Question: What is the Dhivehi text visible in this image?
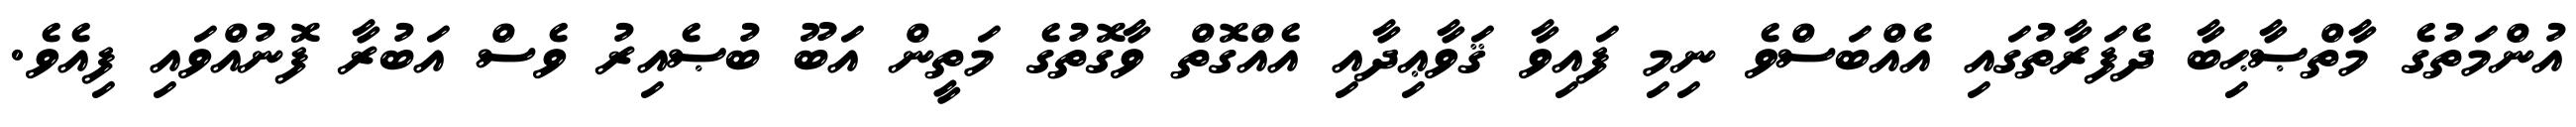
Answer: އުންމަތުގެ މާތްޞާޙިބާ ދެފަރާތުގައި އެއްބަސްވެ ނިމި ފައިވާ ޤަވާޢިދާއި އެއްގޮތް ވާގޮތުގެ މަތީން އަބޫ ބުޞެއިރު ވެސް އަބުރާ ފޮނުއްވައި ފިއެވެ.